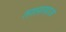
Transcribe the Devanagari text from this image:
तालासाज